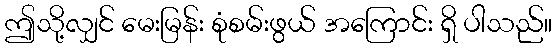
ဤသို့လျှင် မေးမြန်း စုံစမ်းဖွယ် အကြောင်း ရှိ ပါသည်။